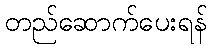
တည်ဆောက်ပေးရန်